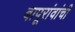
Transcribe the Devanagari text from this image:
बापूरांवांची